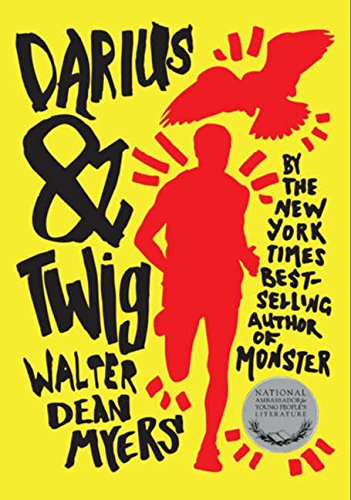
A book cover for Darius & Twig; Walter Dean Myers; Teen & Young Adult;